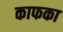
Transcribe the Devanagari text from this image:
काफका